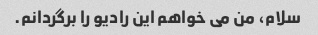
سلام، من می خواهم این رادیو را برگردانم.